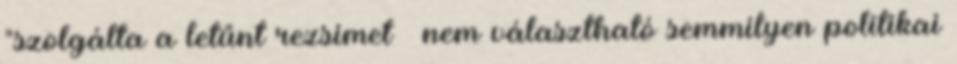
"szolgálta a letűnt rezsimet – nem választható semmilyen politikai